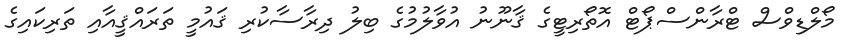
މޯލްޑިވްސް ޓްރާންސްޕޯޓް އޮތޯރިޓީގެ ޤާނޫނު އުވާލުމުގެ ބިލު ދިރާސާކުރި ޤައުމީ ތަރައްޤީއާއި ތަރިކައިގެ